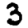
Digit: 3